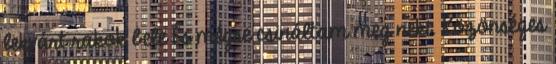
lekvárt rakok bele És mégse csináltam meg neki. Közönséges